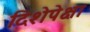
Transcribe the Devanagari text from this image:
दिशेपेक्षा